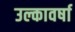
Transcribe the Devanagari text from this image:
उल्कावर्षा